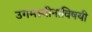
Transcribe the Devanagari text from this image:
उगमस्थीनाविषयी